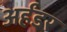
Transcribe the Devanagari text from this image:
अर्हंडर